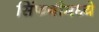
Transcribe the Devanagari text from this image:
सिंफनीमध्ये